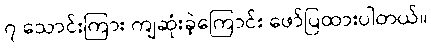
၇ သောင်းကြား ကျဆုံးခဲ့ကြောင်း ဖော်ပြထားပါတယ်။